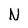
Character: N